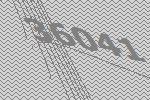
36041